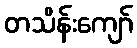
တသိန်းကျော်